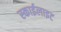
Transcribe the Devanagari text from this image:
स्‍काईलाइट